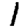
Digit: 1